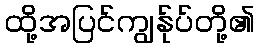
ထို့အပြင်ကျွန်ုပ်တို့၏